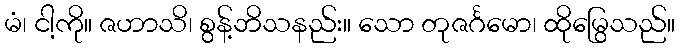
မံ၊ ငါ့ကို။ ဇဟာသိ၊ စွန့်ဘိသနည်း။ သော တုဇင်္ဂမော၊ ထိုမြွေသည်။